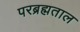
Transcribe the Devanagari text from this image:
परब्रह्मताल